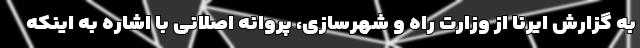
به گزارش ایرنا از وزارت راه و شهرسازی، پروانه اصلانی با اشاره به اینکه